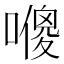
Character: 𠿬